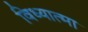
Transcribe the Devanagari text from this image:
विध्यात्मा